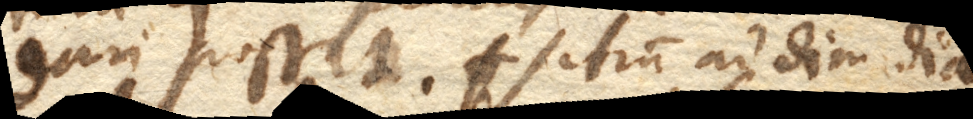
dari possit. Vitrum ad dimidiam